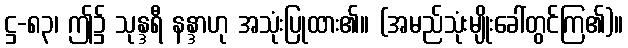
ဋ္ဌ-၈၃၊ ဤ၌ သုန္ဒရီ နန္ဒာဟု အသုံးပြုထား၏။ (အမည်သုံးမျိုးခေါ်တွင်ကြ၏)။